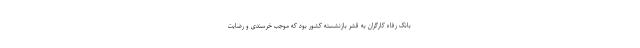
بانک رفاه کارگران به قشر بازنشسته کشور بود که موجب خرسندی و رضایت